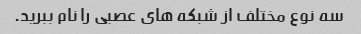
سه نوع مختلف از شبکه های عصبی را نام ببرید.